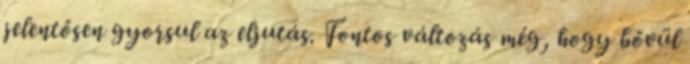
jelentősen gyorsul az eljutás. Fontos változás még, hogy bővül